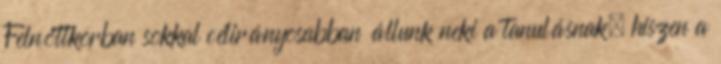
Felnőttkorban sokkal célirányosabban állunk neki a tanulásnak, hiszen a